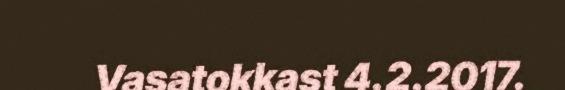
Vasatokkast 4.2.2017.